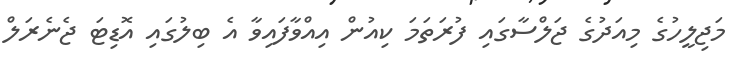
މަޖިލީހުގެ މިއަދުގެ ޖަލްސާގައި ފުރަތަމަ ކިއުން އިއްވާފައިވާ އެ ބިލުގައި އޮޑިޓަ ޖެނެރަލް